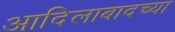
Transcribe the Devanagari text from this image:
आदिलाबादच्या